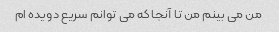
من می بینم من تا آنجا که می توانم سریع دویده ام